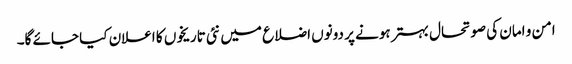
امن و امان کی صوتحال بہتر ہونے پر دونوں اضلاع میں نئی تاریخوں کا اعلان کیا جائے گا۔